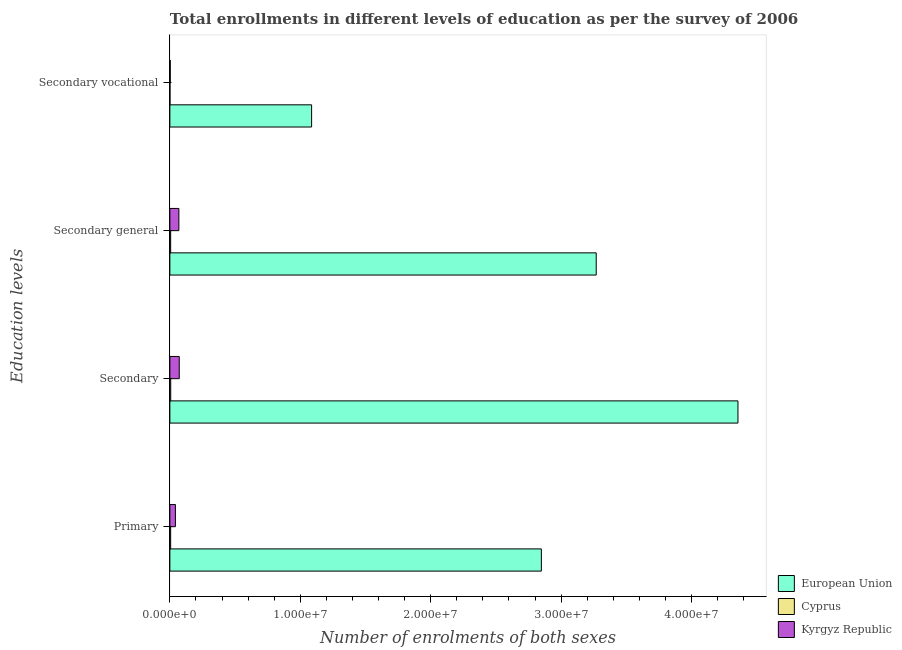
| Education levels | European Union | Cyprus | Kyrgyz Republic |
 | --- | --- | --- | --- |
 | Primary | 2.85e+07 | 5.97e+04 | 4.24e+05 |
 | Secondary | 4.36e+07 | 6.47e+04 | 7.19e+05 |
 | Secondary general | 3.27e+07 | 6.04e+04 | 6.9e+05 |
 | Secondary vocational | 1.09e+07 | 4.3e+03 | 2.86e+04 |